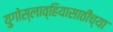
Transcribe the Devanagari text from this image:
युगोस्लाव्हियासाठीच्या